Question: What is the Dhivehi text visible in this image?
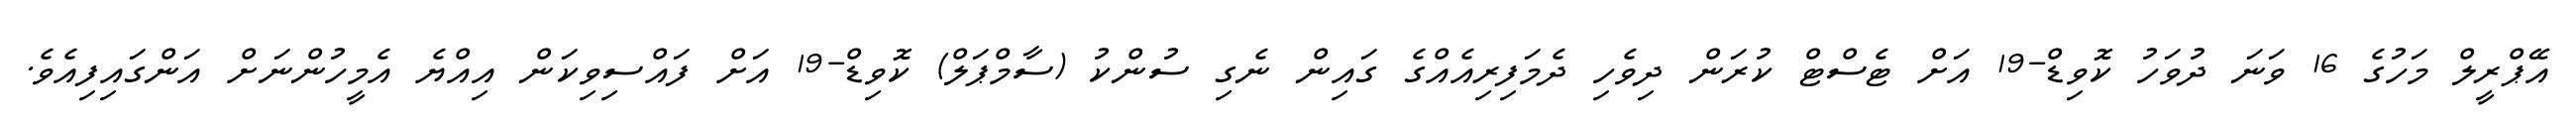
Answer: އޭޕްރީލް މަހުގެ 16 ވަނަ ދުވަހު ކޮވިޑް-19 އަށް ޓެސްޓް ކުރަން ދިވެހި ދެމަފިރިއެއްގެ ގައިން ނެގި ސުންކު (ސާމްޕަލް) ކޮވިޑް-19 އަށް ފައްސިވިކަން އިއްޔެ އެމީހުންނަށް އަންގައިފިއެވެ.